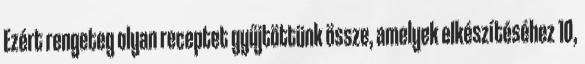
Ezért rengeteg olyan receptet gyűjtöttünk össze, amelyek elkészítéséhez 10,